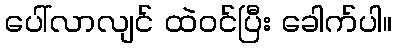
ပေါ်လာလျင် ထဲဝင်ပြီး ခေါက်ပါ။